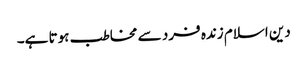
دین اسلام زندہ فرد سے مخاطب ہوتا ہے۔